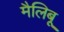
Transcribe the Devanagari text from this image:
मैलिबू